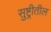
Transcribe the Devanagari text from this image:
सुष्ट्रीतील